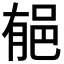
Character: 𨚺